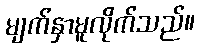
မျက်နှာမူလိုက်သည်။